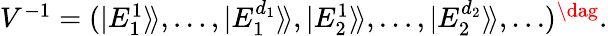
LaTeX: \begin{array}{r}{V^{-1}=(|E_{1}^{1}\rangle\! \rangle,\dots,|E_{1}^{d_{1}}\rangle\! \rangle,|E_{2}^{1}\rangle\! \rangle,\dots,|E_{2}^{d_{2}}\rangle\! \rangle,\dots)^{\dag}.}\end{array}